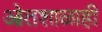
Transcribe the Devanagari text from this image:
ओतशाळाही